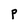
Character: P